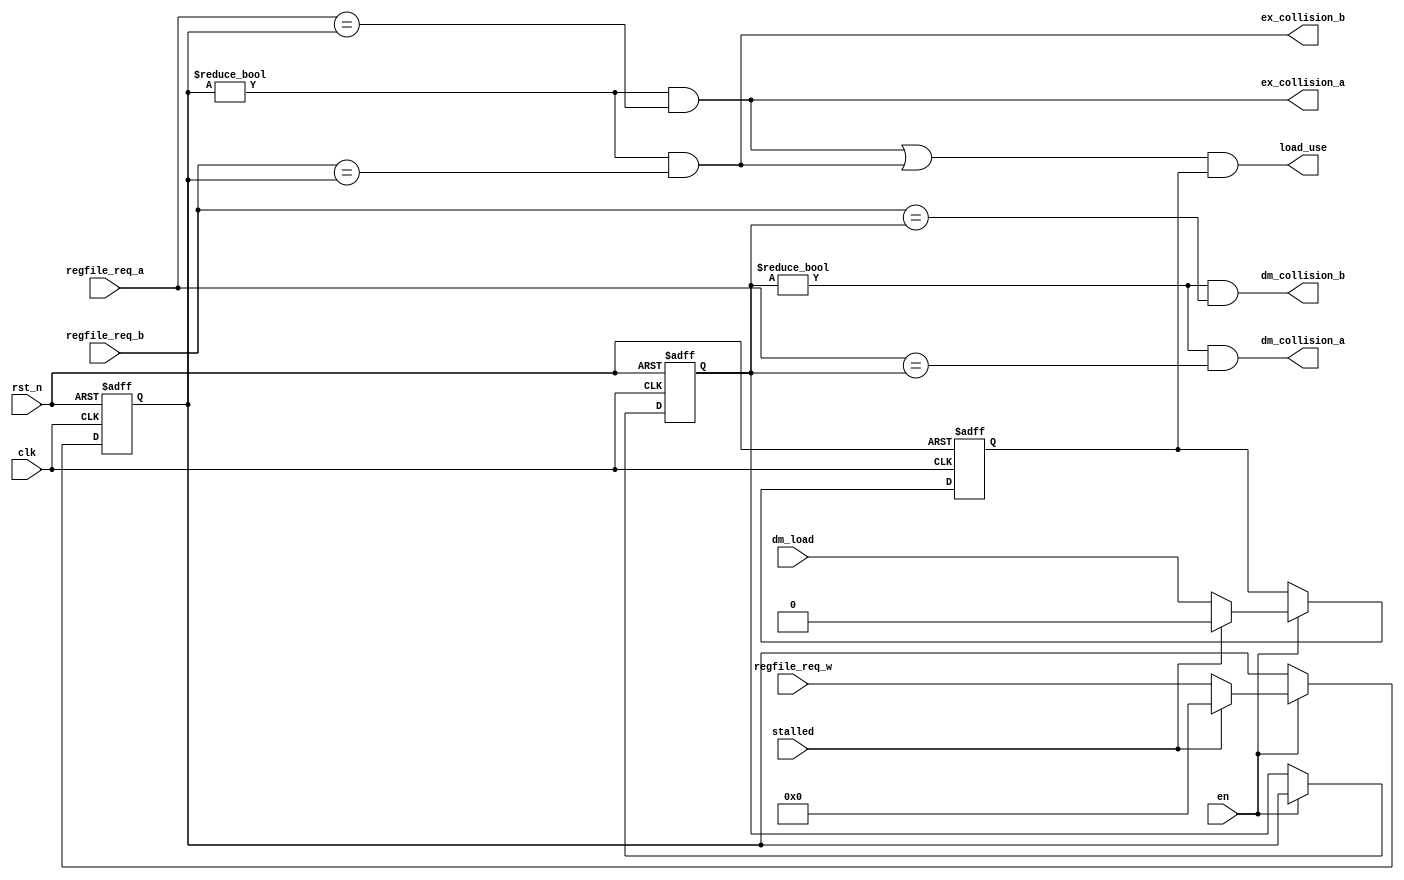
module SynDataCollisionDetector(clk, rst_n, en, stalled, dm_load,
                                regfile_req_a, regfile_req_b, regfile_req_w,
                                load_use,
                                ex_collision_a, dm_collision_a,
                                ex_collision_b, dm_collision_b);
    input clk, rst_n, en, stalled, dm_load;
    input[4:0] regfile_req_a, regfile_req_b, regfile_req_w;
    output load_use, ex_collision_a, dm_collision_a, ex_collision_b, dm_collision_b;
    reg[4:0] ex_regfile_req_w, dm_regfile_req_w;
    reg dm_load_reg;

    assign ex_collision_a = ex_regfile_req_w != 0 && (regfile_req_a == ex_regfile_req_w);
    assign dm_collision_a = dm_regfile_req_w != 0 && (regfile_req_a == dm_regfile_req_w);
    assign ex_collision_b = ex_regfile_req_w != 0 && (regfile_req_b == ex_regfile_req_w);
    assign dm_collision_b = dm_regfile_req_w != 0 && (regfile_req_b == dm_regfile_req_w);
    assign load_use = (ex_collision_a || ex_collision_b) && dm_load_reg;
    always @(posedge clk, negedge rst_n) begin
        if (!rst_n) begin
            ex_regfile_req_w <= 0;
            dm_regfile_req_w <= 0;
            dm_load_reg <= 0;
        end
        else if (!en) begin
            ex_regfile_req_w <= ex_regfile_req_w;
            dm_regfile_req_w <= dm_regfile_req_w;
            dm_load_reg <= dm_load_reg;
        end
        else if (stalled) begin
            dm_load_reg <= 0;
            ex_regfile_req_w <= 0;
            dm_regfile_req_w <= ex_regfile_req_w;
        end
        else begin
            dm_load_reg <= dm_load;
            ex_regfile_req_w <= regfile_req_w;
            dm_regfile_req_w <= ex_regfile_req_w;
        end
    end
endmodule